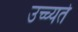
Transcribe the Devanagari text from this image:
उच्च्यते